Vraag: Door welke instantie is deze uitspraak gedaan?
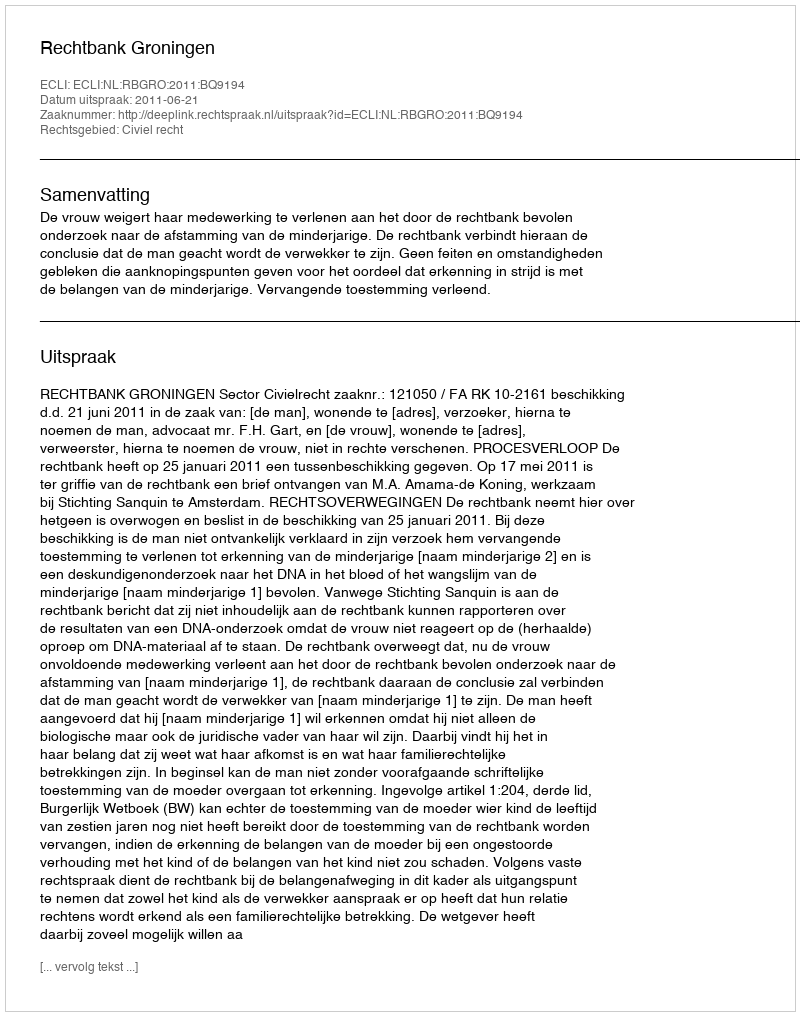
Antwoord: Rechtbank Groningen